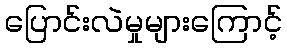
ပြောင်းလဲမှုများကြောင့်